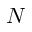
N